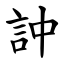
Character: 訲